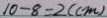
1 0 - 8 = 2 ( c m )